Indian journal of veterinary science and animal husbandry - Volume 5,
Year: 1935
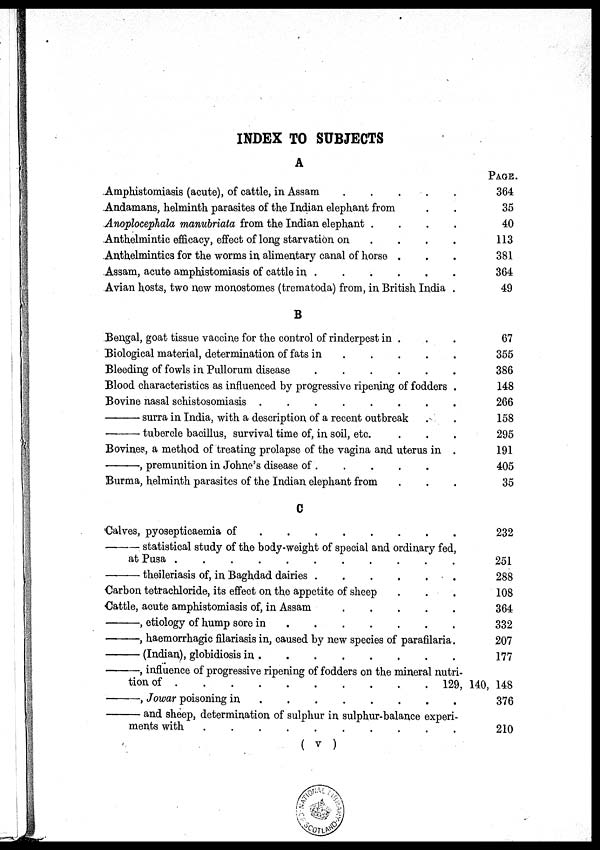
INDEX TO SUBJECTS
A
Amphistomiasis (acute), of cattle, in Assam . . . . . . . . . .
Andamans, helminth parasites of the Indian elephant from . .
Anoplocephala manubriata from the Indian elephant .
.
.
.
Anthelmintic efficacy, effect of long starvation on . . . .
Anthelmintics for the worms in alimentary canal of horse . . .
Assam, acute amphistomiasis of cattle in
.
.
.
.
.
.
Avian hosts, two new monostomes (trematoda) from, in British India .
B
Bengal, goat tissue vaccine for the control of rinderpest in .
Biological material, determination of fats in
.
.
.
.
.
Bleeding of fowls in Pullorum disease
.
.
.
.
.
Blood characteristics as influenced by progressive ripening of fodders .
Bovine nasal schistosomiasis . . . . . . . .
—surra
in India, with a description of a recent outbreak . .
—tubercle
bacillus, survival time of, in soil, etc. . . .
Bovines, a method of treating prolapse of the vagina and uterus in .
—,
premunition in Johne's disease of . . . . . .
Burma, helminth parasites of the Indian elephant from . . .
C
Calves, pyosepticaemia of
.
.
.
.
.
.
.
.
.
.
—statistical
study of the body-weight of special and ordinary fed,
at Pusa . . . . . . . . . .
—theileriasis
of, in Baghdad dairies . . . . . . . . . .
Carbon tetrachloride, its effect on the appetite of sheep . . .
Cattle, acute amphistomiasis of, in Assam . . . . . .
—,
etiology of hump sore in . . . . . .
—,
haemorrhagic filariasis in, caused by new species of parafilaria.
—(Indian),
globidiosis in . . . . . . .
—,
influence of progressive ripening of fodders on the mineral nutri-
tion of
.
.
.
.
.
.
.
.
.
.
.
—,
Jowar poisoning in . . . . . . . . . .
—and
sheep, determination of sulphur in sulphur-balance experi-
ments with . . . . . . . . . .
( V )
PAGE.
364
35
40
113
381
364
49
67
355
386
148
266
158
295
191
405
35
232
251
288
108
364
332
207
177
129, 140, 148
376
210